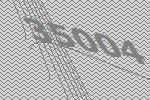
35004